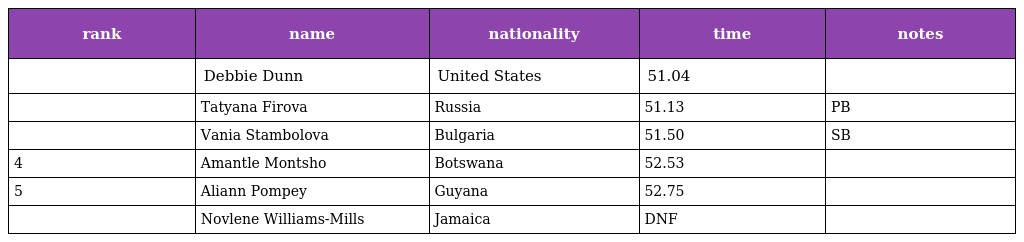
| rank | name | nationality | time | notes |
 | --- | --- | --- | --- | --- |
 |  | Debbie Dunn | United States | 51.04 |  |
 |  | Tatyana Firova | Russia | 51.13 | PB |
 |  | Vania Stambolova | Bulgaria | 51.50 | SB |
 | 4 | Amantle Montsho | Botswana | 52.53 |  |
 | 5 | Aliann Pompey | Guyana | 52.75 |  |
 |  | Novlene Williams-Mills | Jamaica | DNF |  |